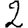
Digit: 2